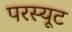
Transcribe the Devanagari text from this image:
परस्यूट